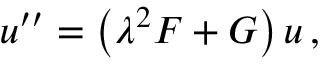
u ^ { \prime \prime } = \left( \lambda ^ { 2 } F + G \right) u \, ,